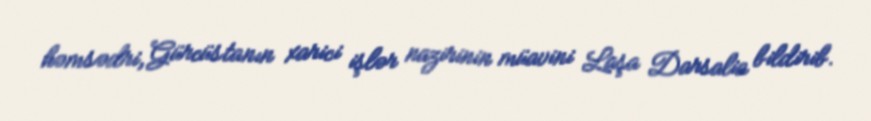
həmsədri, Gürcüstanın xarici işlər nazirinin müavini Laşa Darsalia bildirib.